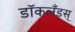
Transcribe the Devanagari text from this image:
डॉकलँडस्